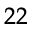
_ { 2 2 }